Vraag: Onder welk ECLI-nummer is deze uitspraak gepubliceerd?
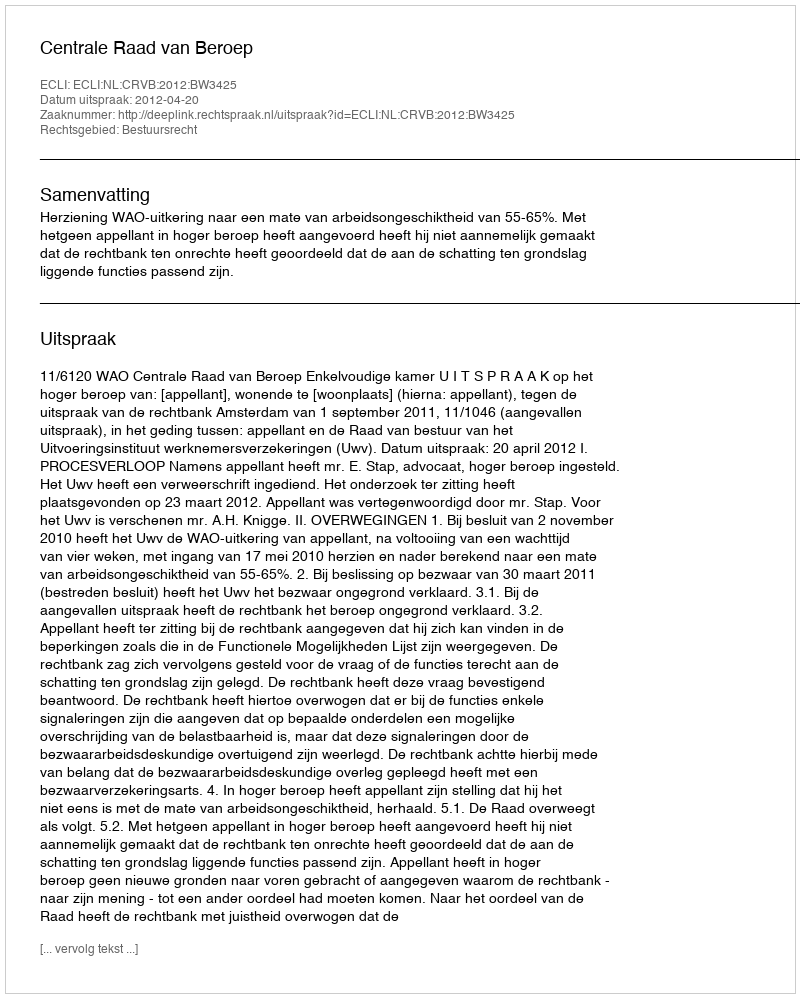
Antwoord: ECLI:NL:CRVB:2012:BW3425